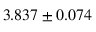
3 . 8 3 7 \pm 0 . 0 7 4